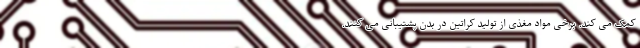
کمک می کند. برخی مواد مغذی از تولید کراتین در بدن پشتیبانی می کنند.